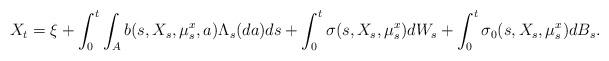
LaTeX: \begin{align*}X_t = \xi + \int_0^t\int_Ab(s,X_s,\mu^x_s,a)\Lambda_s(da)ds + \int_0^t\sigma(s,X_s,\mu^x_s)dW_s + \int_0^t\sigma_0(s,X_s,\mu^x_s)dB_s. \end{align*}